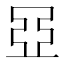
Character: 𬻞